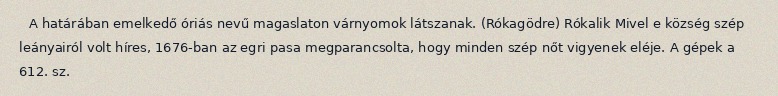
A határában emelkedő óriás nevű magaslaton várnyomok látszanak. (Rókagödre) Rókalik Mivel e község szép leányairól volt híres, 1676-ban az egri pasa megparancsolta, hogy minden szép nőt vigyenek eléje. A gépek a 612. sz.